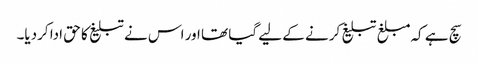
سچ ہے کہ مبلغ تبلیغ کرنے کے لیے گیا تھا اور اس نے تبلیغ کا حق ادا کردیا۔